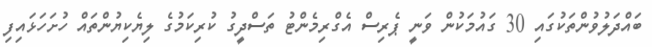
ބައްދަލުވުންތަކުގައި 30 ގައުމަކުން ވަނީ ޕެރިސް އެގްރިމެންޓު ތަސްދީގު ކުރިކަމުގެ ލިޔެކިޔުންތައް ހުށަހަޅައިފި